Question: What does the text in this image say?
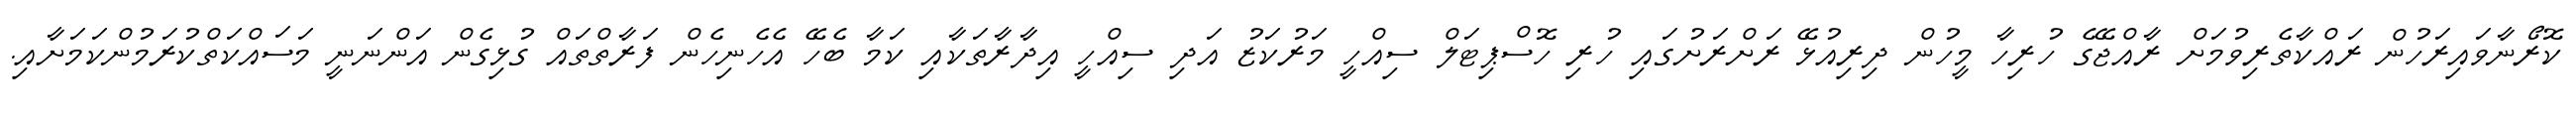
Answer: ކޮރޯނާވައިރަހުން ރައްކާތެރިވުމަށް ރާއްޖޭގެ ހުރިހާ މީހުން ދިރިއުޅޭ ރަށްރަށުގައި ހުރި ހޮސްޕިޓަލް ސިއްހީ މަރުކަޒު އަދި ސިއްހީ އިދާރާތަކާއި ކަމާ ބެހޭ އެހެނިހެން ފަރާތްތައް ގުޅިގެން އަންނަނީ މަސައްކަތްކުރަމުންކަމަށާއި.